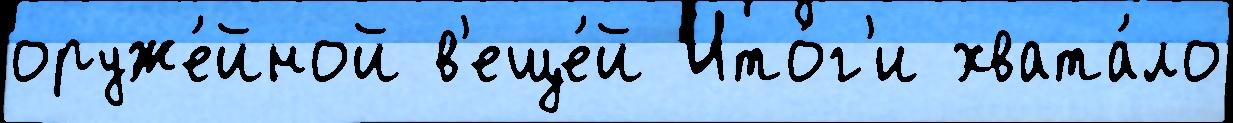
оруже́йной в'еще́й Ито́г'и хвата́ло